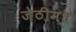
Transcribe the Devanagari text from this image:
जेठीमध